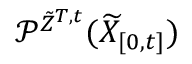
\mathcal { P } ^ { \tilde { Z } ^ { T , t } } ( \widetilde { X } _ { [ 0 , t ] } )